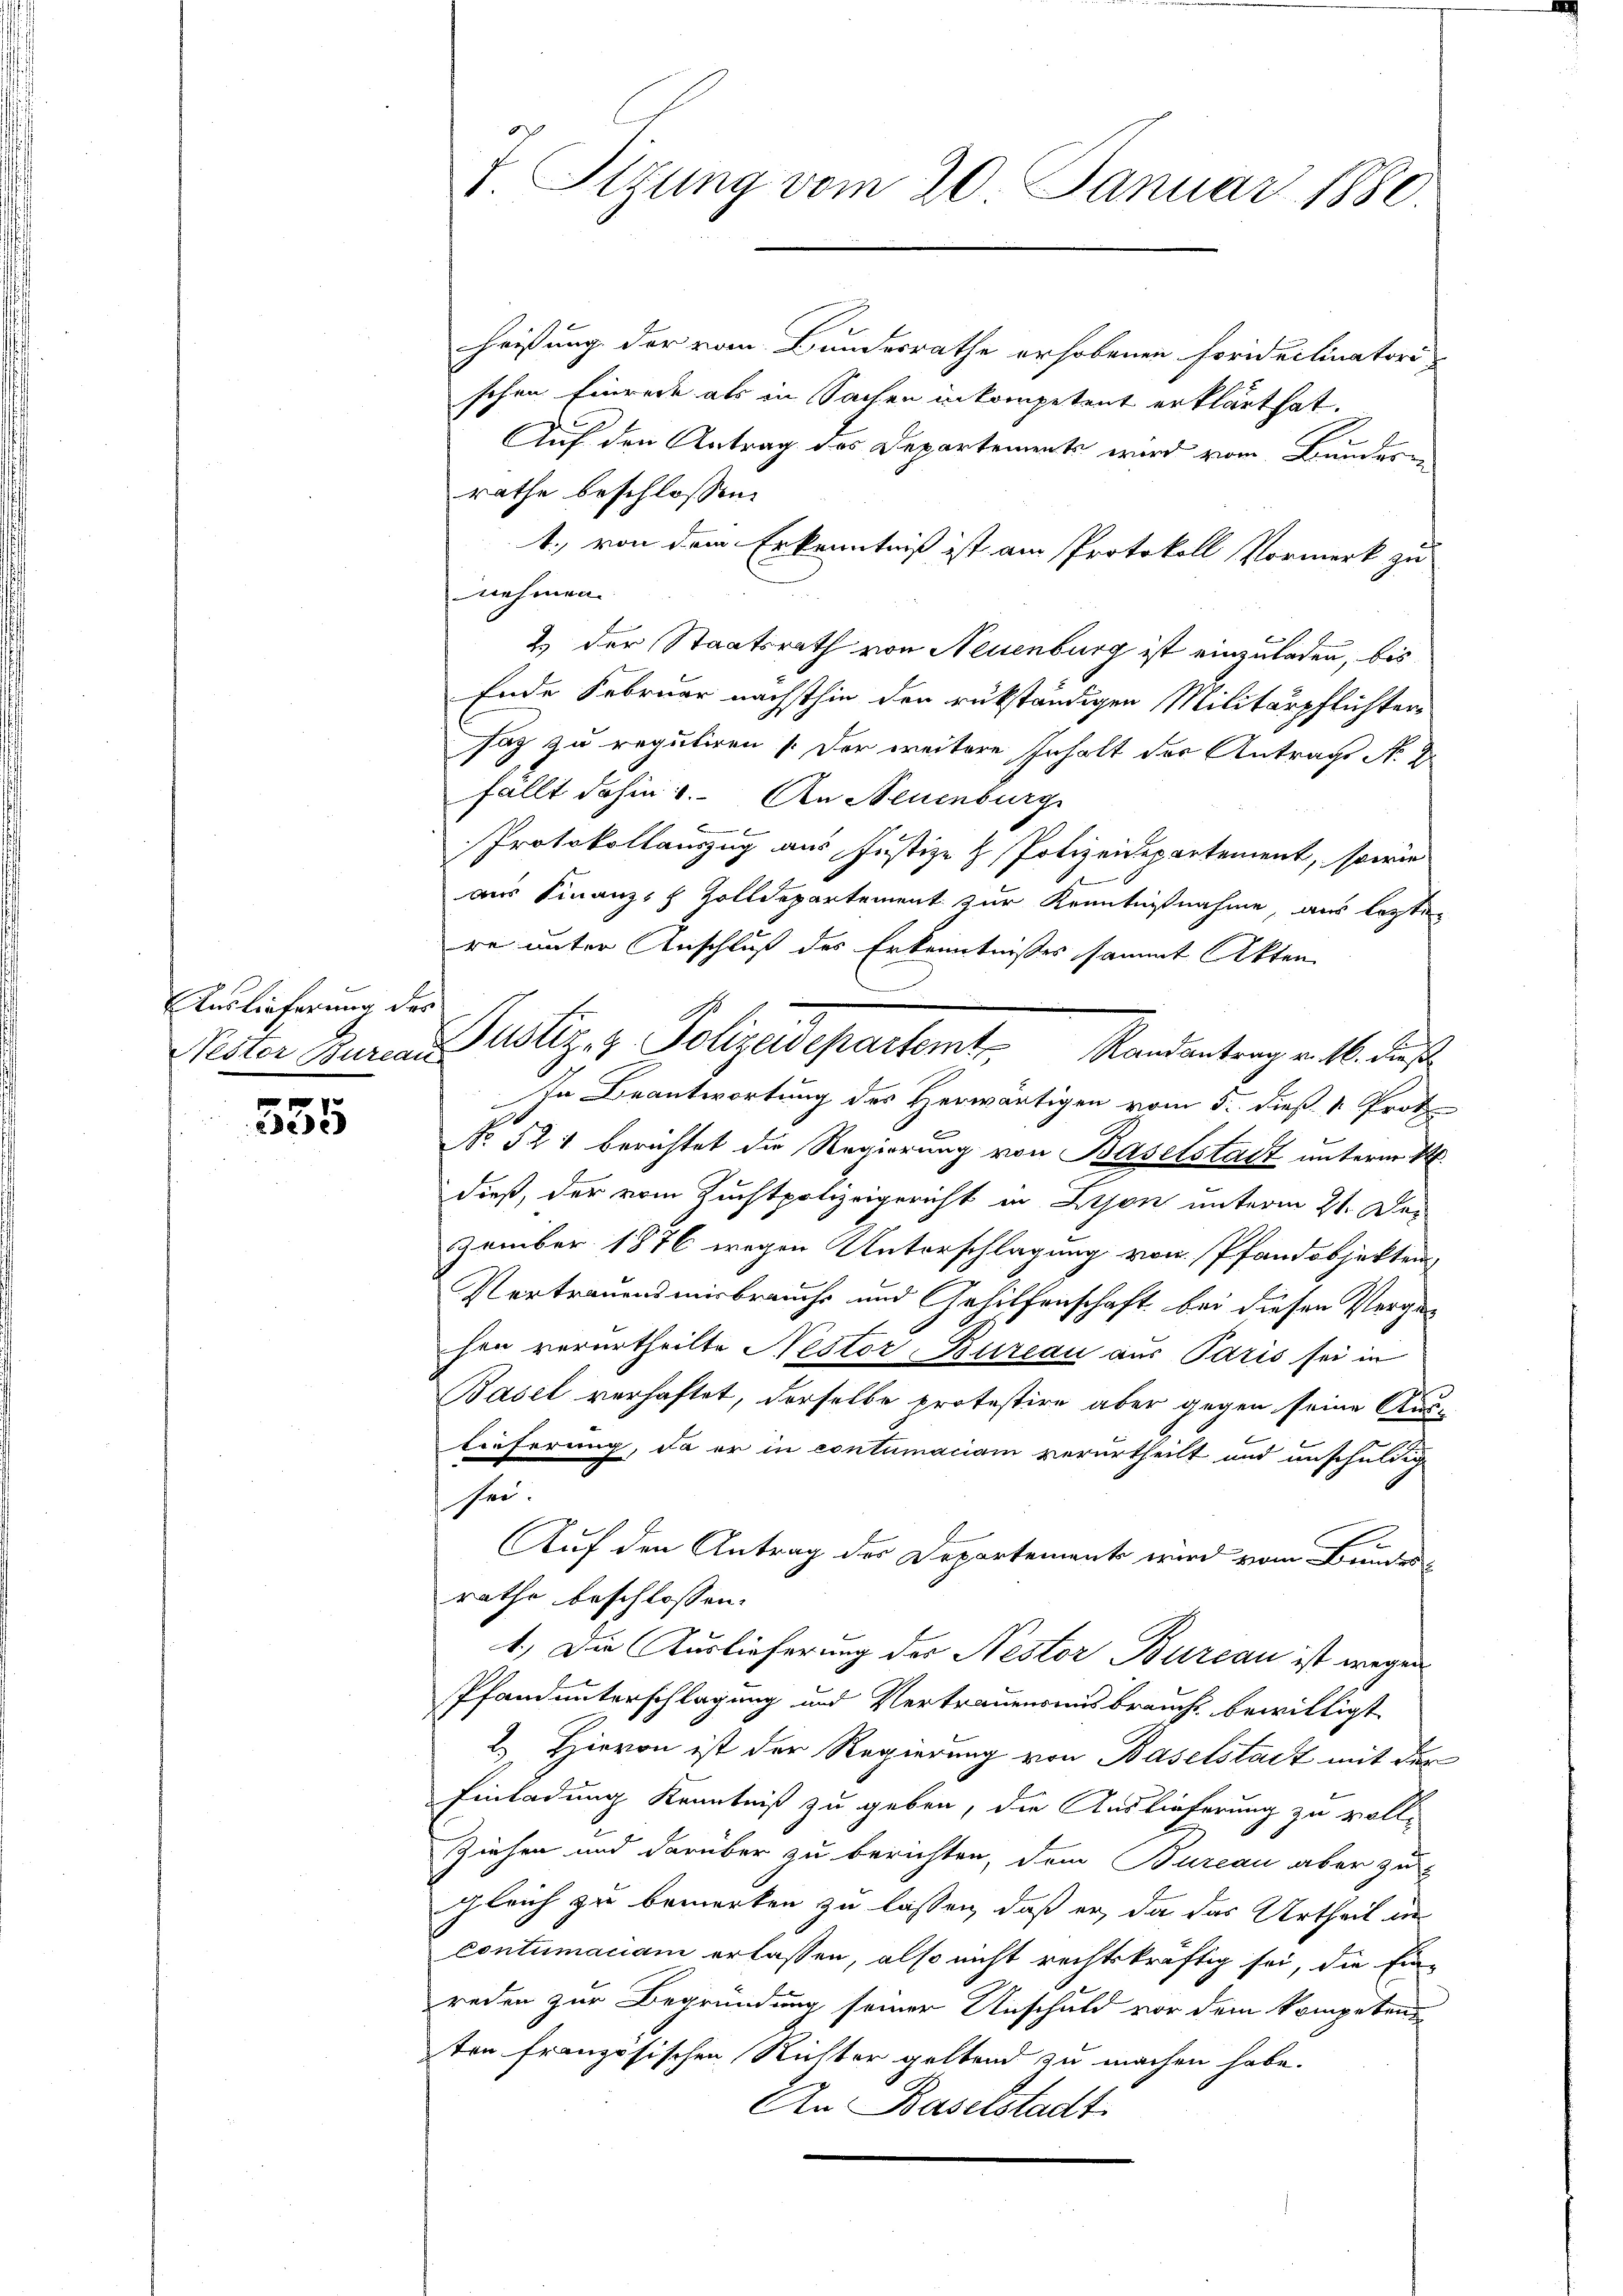
Auslieferung des
Nester Bureau

535

7. Sitzung vom 20. Januar 1880

heißung der vom Bundesrathe erhobenen Foridelinatori-
schen Einrede als in Sachen inkompetent erklärt hat.
Auf den Antrag des Departements wird vom Bundern
rathe beschlossen:
1. von dem Erkenntniß ist am Protokoll Vormerk zu
nehmen.
2 der Staatsrath von Neuenburg ist einzuladen, bis
Ende Februar nächsthin den rükständigen Militärpflichten
saz zu reguliren   Der weitere Inhalt der Antrags No 2.
fällt dahin u. An Neuenburg
Protokollauszug aus Justiz- & Polizeidepartement, sowie
b
aus Finanz- Zolldepartement zur Kenntnißnahme, aus lezten
re unter Anschluß des Erkenntnißes sammt Akten
In Beantwortung des Herwärtigen vom 5. dieß v. Prot
2
No 521 berichtet die Regierung von Baselstadt unterm 12.
dieß, der vom Zuchtpolizeigericht in Lyon unterm 21. Dez
zember 1876 wegen Unterschlagung von Pfandobjekten
Vertrauensmisbrauchs und Gehilfenschaft bei diesen Vergehen verurtheilte Nestor-Bureau aus Paris sei in
Basel verhaftet, derselbe protestire aber gegen seine Auslieferung, da er in contumaciam verurtheilt und unschuldig
sei.
Auf den Antrag der Departement wird vom Bundesrathe beschlossen:
1.) Die Auslieferung des Nestor Bureau ist wegen
Pfandunterschlagung und Vertrauensmis brauchs bewilligt
2.) Hievon ist der Regierung von Baselstadt mit der
Einladung Kenntniß zu geben, die Auslieferung zu voll¬
Ziehen und darüber zu berichten, dem Bureau aber zu
gleich zu bemerken zu lassen, daß er, da das Urtheil in
contumaciam erlassen, also nicht rechtskräftig sei, die Ein-
reden zur Begründung seiner Anschuld vor dem kompeten
ten französischen Richter geltend zu machen habe.
An Baselstadt.

Justiz & Polizeidepartement. Mandentrag v. M. diese